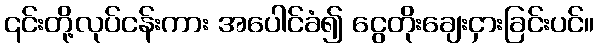
၎င်းတို့လုပ်ငန်းကား အပေါင်ခံ၍ ငွေတိုးချေးငှားခြင်းပင်။